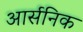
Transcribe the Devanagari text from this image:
आर्सनिक